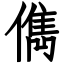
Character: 儁